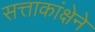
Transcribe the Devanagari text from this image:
सत्ताकांक्षेने